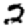
Digit: 2